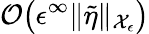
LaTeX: \mathcal{O}\bigl(\epsilon^{\infty}\| \tilde{\eta}\| _{\mathcal{X}_{\epsilon}}\bigr)